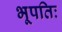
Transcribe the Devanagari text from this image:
भूपतिः